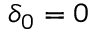
\delta _ { 0 } = 0